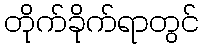
တိုက်ခိုက်ရာတွင်